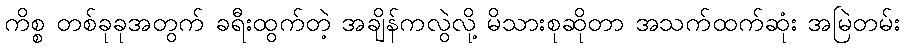
ကိစ္စ တစ်ခုခုအတွက် ခရီးထွက်တဲ့ အချိန်ကလွဲလို့ မိသားစုဆိုတာ အသက်ထက်ဆုံး အမြဲတမ်း